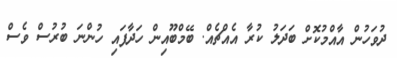
ދުވަހުން އާއްމުކޮށް ބަދަލު ކުރާ އެއްޗެއް. ބޭމްބޫއިން ހަދާފައި ހުންނަ ބުރުސް ވެސް